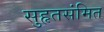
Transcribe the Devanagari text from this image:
सुहृतसंमित